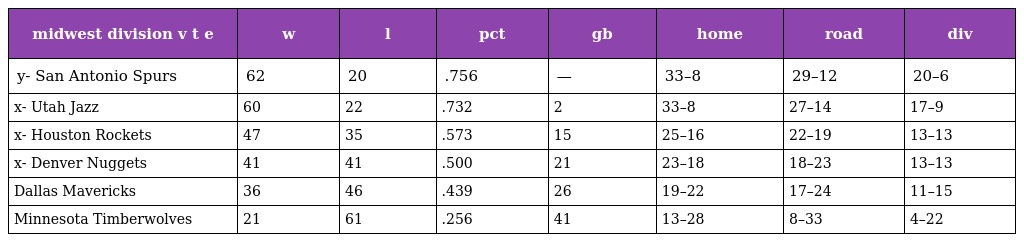
| midwest division v t e | w | l | pct | gb | home | road | div |
 | --- | --- | --- | --- | --- | --- | --- | --- |
 | y- San Antonio Spurs | 62 | 20 | .756 | — | 33–8 | 29–12 | 20–6 |
 | x- Utah Jazz | 60 | 22 | .732 | 2 | 33–8 | 27–14 | 17–9 |
 | x- Houston Rockets | 47 | 35 | .573 | 15 | 25–16 | 22–19 | 13–13 |
 | x- Denver Nuggets | 41 | 41 | .500 | 21 | 23–18 | 18–23 | 13–13 |
 | Dallas Mavericks | 36 | 46 | .439 | 26 | 19–22 | 17–24 | 11–15 |
 | Minnesota Timberwolves | 21 | 61 | .256 | 41 | 13–28 | 8–33 | 4–22 |